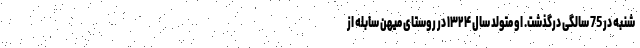
شنبه در 75 سالگی درگذشت. او متولد سال ۱۳۲۴ در روستای میهن سابله از